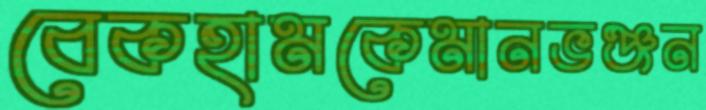
বেকহামকেমানভঞ্জন